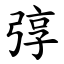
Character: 弴